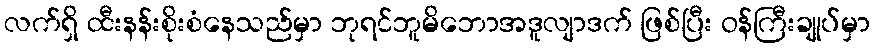
လက်ရှိ ထီးနန်းစိုးစံနေသည်မှာ ဘုရင်ဘူမိဘောအဒူလျာဒက် ဖြစ်ပြီး ဝန်ကြီးချုပ်မှာ